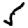
Digit: 5